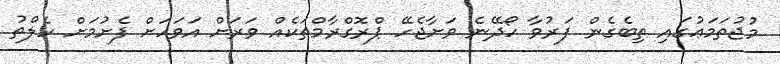
މުޖުތަމަޢުގައި ތިބެގެން ފަރުވާ ހޯދޭނެ ވަށާޖެހޭ ޕްރޮގްރާމްތަކެއް ވަރަށް އަވަހަށް ފެށުމަށް ހެލްތު